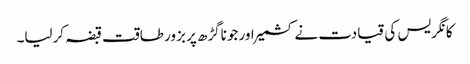
کانگریس کی قیادت نے کشمیر اور جوناگڑھ پر بزور طاقت قبضہ کرلیا۔